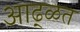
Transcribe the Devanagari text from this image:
आढ्ळत